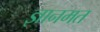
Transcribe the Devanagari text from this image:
ज्ञानमत